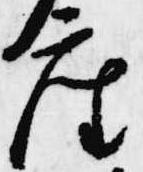
座